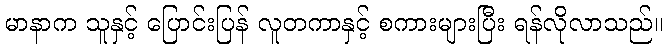
မာနာက သူနှင့် ပြောင်းပြန် လူတကာနှင့် စကားများပြီး ရန်လိုလာသည်။